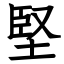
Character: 堅